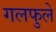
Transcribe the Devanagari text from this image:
गलफुले